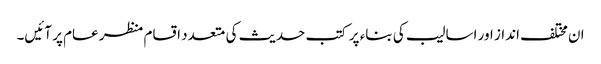
ان مختلف انداز اور اسالیب کی بناء پر کتب حدیث کی متعدد اقسام منظر عام پر آئیں۔